Problem: 2 × 5 = ?
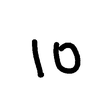
Handwritten answer: 10